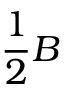
\frac { 1 } { 2 } B